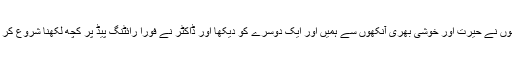
دونوں نے حیرت اور خوشی بھری آنکھوں سے ہمیں اور ایک دوسرے کو دیکھا اور ڈاکٹر نے فورا رائٹنگ پیڈ پر کچھ لکھنا شروع کر دیا۔